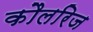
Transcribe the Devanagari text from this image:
कौलरिज